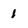
Character: 1